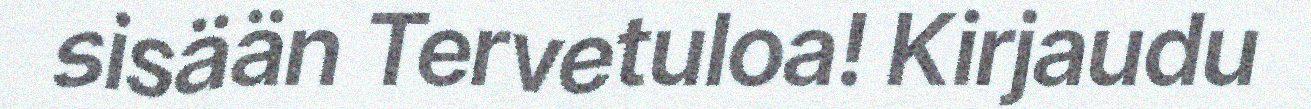
sisään Tervetuloa! Kirjaudu